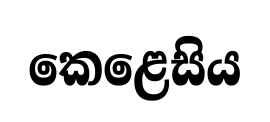
කෙළෙසිය